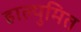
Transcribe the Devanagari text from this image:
हाल्युमित